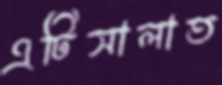
এটিসালাত